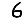
Digit: 6